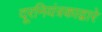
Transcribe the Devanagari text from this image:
दूरनियंत्रकाद्वारे